Vaccination report Assam 1874-1896 - 1874-1896
Year: 1874
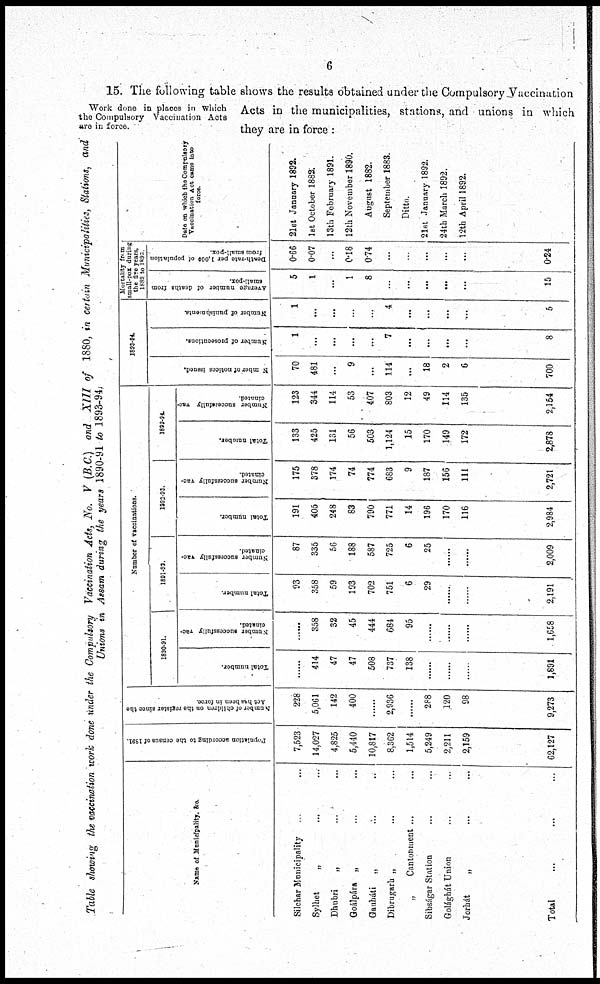
6
Work done in places in which
the Compulsory Vaccination Acts
are in force.
15. The following table shows the results obtained under the Compulsory Vaccination
Acts in the municipalities, stations, and unions in which
they are in force :
Table showing the vaccination work done tinder the Compulsory Vaccination Acts, No. V (B.C.) and XIII of 1880, in certain Municipalities, Stations, and
Unions in Assam during the years 1890-91 to 1893-94.
Name of Municipality. &c.
Silchar Municipality ... ...
Sylhet
„ ... ...
Dhubri
„ ... ...
Goálpára „ ... ...
Gauháti „ ... ...
Dibrugarh „ ... ...
„
Cantonment ... ...
Sibságar Station
...
...
Golághát Union ... ...
Jorhát
„
...
...
Total ... ... ...
Population according to the census of 1891
7,523
14,027
4,825
5,440
10,817
8,362
1,514
5,249
2,211
2,159
62,127
Number of children on the register since the
Act has been in force.
228
5,061
142
400
......
2,936
......
288
120
98
9,273
Number of vaccinations.
1890-91.
Total number.
......
414
47
47
508
737
138
......
......
......
1,891
Number successfully vac¬
cinated.
......
358
32
45
444
684
95
......
......
......
1,658
1891-92.
Total number.
93
358
59
193
702
751
6
29
......
......
2,191
Number successfully vac-
cinated.
87
335
56
188
587
725
6
25
......
......
2,009
1992-93.
Total number.
191
405
248
83
790
771
14
196
170
116
2,984
Number successfully vac-
cinated.
175
378
174
74
774
683
9
187
156
111
2,721
1893-94
Total number.
133
425
131
56
503
1,124
15
170
149
172
2,878
Number successfully vac-
cinated.
123
344
114
53
407
803
12
49
114
135
2,154
1893-94.
Number of notices issued.
70
481
...
9
...
114
...
18
2
6
700
Number of prosecutions.
1
...
...
...
...
7
...
...
...
...
8
Number of punishments.
1
...
...
...
...
4
...
...
...
...
5
Mortality from
small-pox during
the five years,
1889 to 1896
Average number of deaths from
small-pox.
5
1
...
1
8
...
...
...
...
...
15
Death-rate per 1,000 of population
from small-pox.
0.66
0.07
...
0.18
0.74
...
...
...
...
...
0.24
Date on which the Compulsory
Vaccination Act came into
force.
21st January 1892.
1st October 1882.
13th February 1891.
12th November 1890.
August 1882.
September 1883.
Ditto.
21st January 1892.
24th March 1892.
12th April 1892.